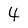
Character: 4